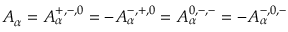
A _ { \alpha } = A _ { \alpha } ^ { + , - , 0 } = - A _ { \alpha } ^ { - , + , 0 } = A _ { \alpha } ^ { 0 , - , - } = - A _ { \alpha } ^ { - , 0 , - }